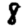
Digit: 8